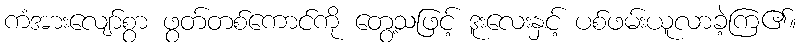
ကံအားလျော်စွာ ဖွတ်တစ်ကောင်ကို တွေ့သဖြင့် ဒူးလေးနှင့် ပစ်ဖမ်းယူလာခဲ့ကြ၏။